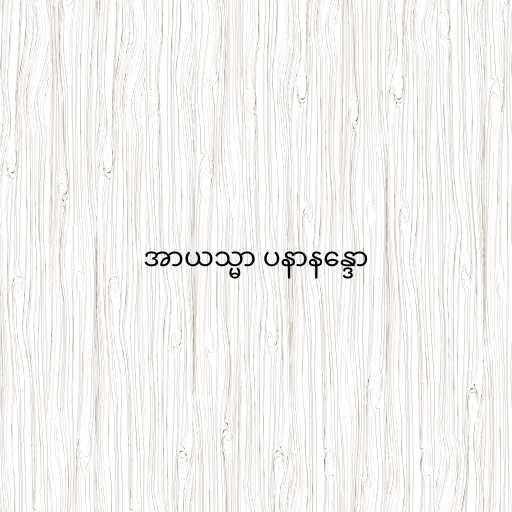
အာယသ္မာ ပနာနန္ဒော